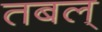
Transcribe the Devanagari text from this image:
तबल्